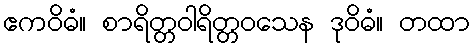
ဧကဝိဓံ။ စာရိတ္တဝါရိတ္တဝသေန ဒုဝိဓံ။ တထာ